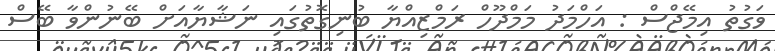
ވަގުތު އިމޭޖްސް : އަހްމަދު މަމްދޫހް ރަމްޒިއްޔާ ބުނިގޮތުގައި ނަޝާޔާއަށް ބޭނުންވާ ބޭސް